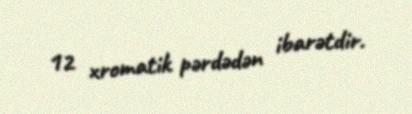
12 xromatik pərdədən ibarətdir.